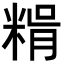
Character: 𥺳